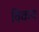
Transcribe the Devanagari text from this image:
विकन